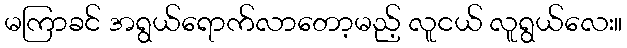
မကြာခင် အရွယ်ရောက်လာတော့မည့် လူငယ် လူရွယ်လေး။